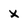
Character: x